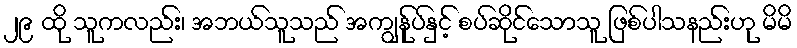
၂၉ ထို သူကလည်း၊ အဘယ်သူသည် အကျွန်ုပ်နှင့် စပ်ဆိုင်သောသူ ဖြစ်ပါသနည်းဟု မိမိ